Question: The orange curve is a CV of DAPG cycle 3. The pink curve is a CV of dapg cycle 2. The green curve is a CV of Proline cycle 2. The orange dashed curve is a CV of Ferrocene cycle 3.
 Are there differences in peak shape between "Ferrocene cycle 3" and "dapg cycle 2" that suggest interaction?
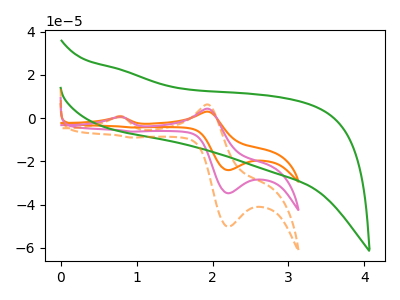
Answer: <think>The orange curve "DAPG cycle 3" has anodic peaks at (0.75V, 1.25uA) (1.90V, 8.75uA) and cathodic peaks at (2.20V, -69.55uA) (0.95V, -12.45uA). The pink curve "dapg cycle 2" has anodic peaks at (0.75V, 0.65uA) (1.90V, 4.35uA) and cathodic peaks at (2.20V, -34.80uA) (0.95V, -6.25uA). The green curve "Proline cycle 2" has no peaks. The orange dashed curve "Ferrocene cycle 3" has anodic peaks at (0.75V, 0.90uA) (1.90V, 6.30uA) and cathodic peaks at (2.20V, -50.25uA) (0.95V, -9.00uA).
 All the peaks in "Ferrocene cycle 3" have a peak in "dapg cycle 2" at the same potential. Every peak in "Ferrocene cycle 3" is higher than every peak in "dapg cycle 2".</think>
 <answer>No, "Ferrocene cycle 3" and "dapg cycle 2" don't appear to be significantly different in shape</answer>
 <eval>no_change</eval>